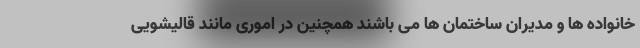
خانواده ها و مدیران ساختمان ها می باشند همچنین در اموری مانند قالیشویی